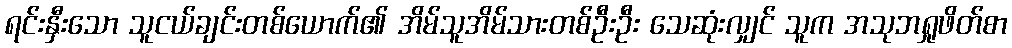
ရင်းနှီးသော သူငယ်ချင်းတစ်ယောက်၏ အိမ်သူအိမ်သားတစ်ဦးဦး သေဆုံးလျှင် သူက အသုဘရှုဖိတ်စာ